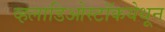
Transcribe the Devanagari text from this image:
व्हलाडिओस्टॉकयेथून